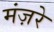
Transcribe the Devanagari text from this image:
मंज़रे